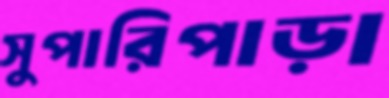
সুপারিপাড়া